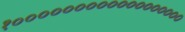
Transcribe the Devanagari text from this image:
१००००००००००००००००००